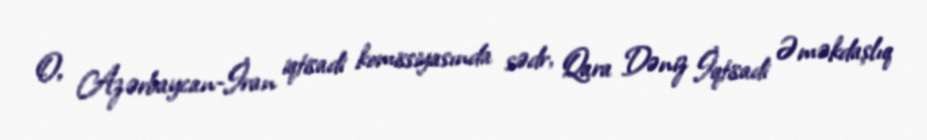
O, Azərbaycan-İran iqtisadi komissiyasında sədr, Qara Dəniz İqtisadi Əməkdaşlıq